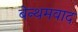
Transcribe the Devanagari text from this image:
बेन्थमवाद